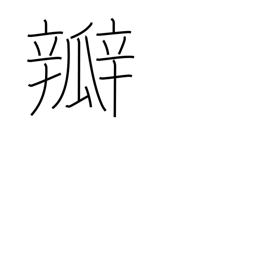
Meaning: valve